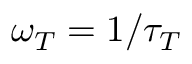
\omega _ { T } = 1 / \tau _ { T }